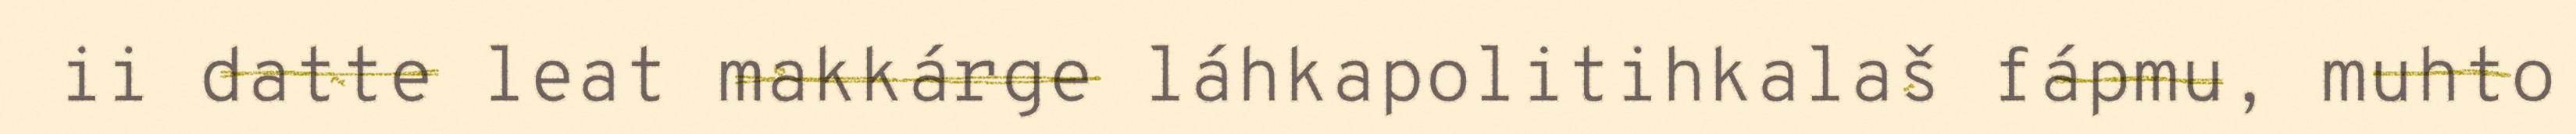
ii datte leat makkárge láhkapolitihkalaš fápmu, muhto